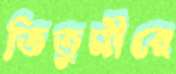
তিতুমীরে